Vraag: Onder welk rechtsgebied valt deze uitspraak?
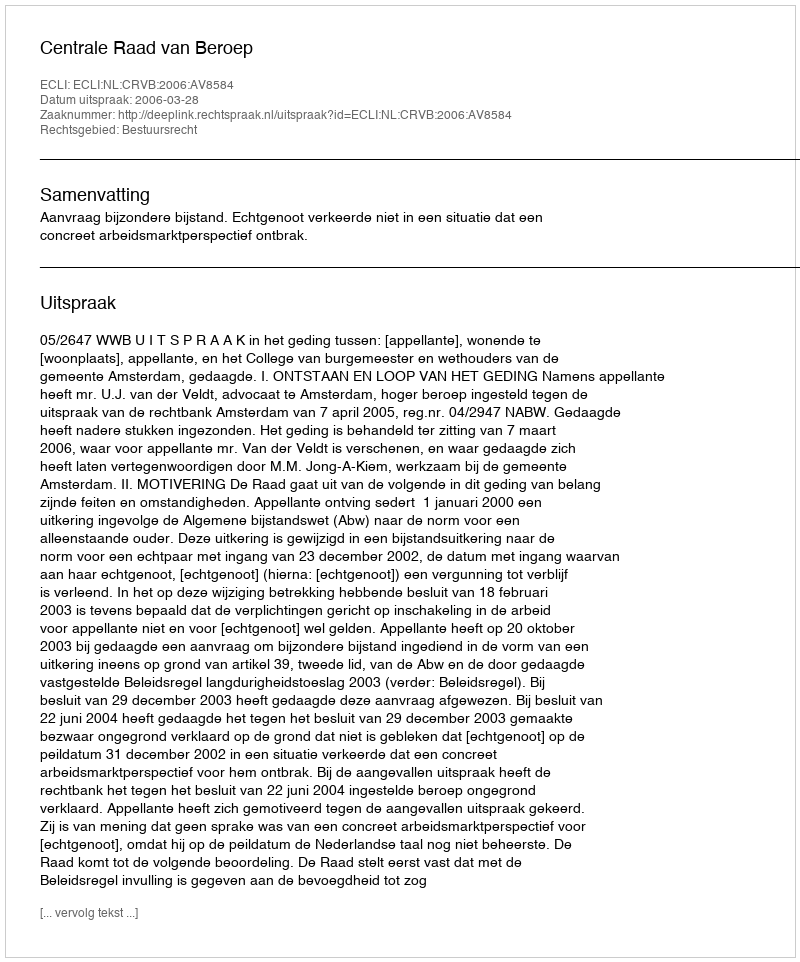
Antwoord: Bestuursrecht